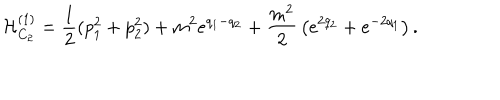
{ \cal H } _ { C _ { 2 } } ^ { ( 1 ) } = { \frac { 1 } { 2 } } ( p _ { 1 } ^ { 2 } + p _ { 2 } ^ { 2 } ) + m ^ { 2 } e ^ { q _ { 1 } - q _ { 2 } } + { \frac { m ^ { 2 } } { 2 } } \left( e ^ { 2 q _ { 2 } } + e ^ { - 2 q _ { 1 } } \right) .